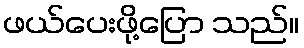
ဖယ်ပေးဖို့ပြော သည်။